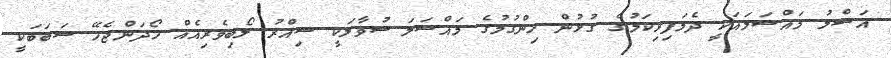
އަސްލު މައްސަލައަކީ ދެމަފިރިކަމުގެ ގުޅުން ހިންގުމުގެ މައްސަލަ.ސުވާލަކީ ސިއްރު ލޯބިވެރިއެއް ހޯދަންޖެހޭ ސަބަބަކީ